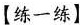
【练一练】